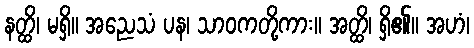
နတ္ထိ၊ မရှိ။ အညေသံ ပန၊ သာဝကတို့ကား။ အတ္ထိ၊ ရှိ၏။ အဟံ၊